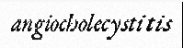
angiocholecystitis